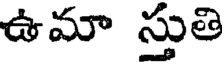
ఉమా స్తుతి